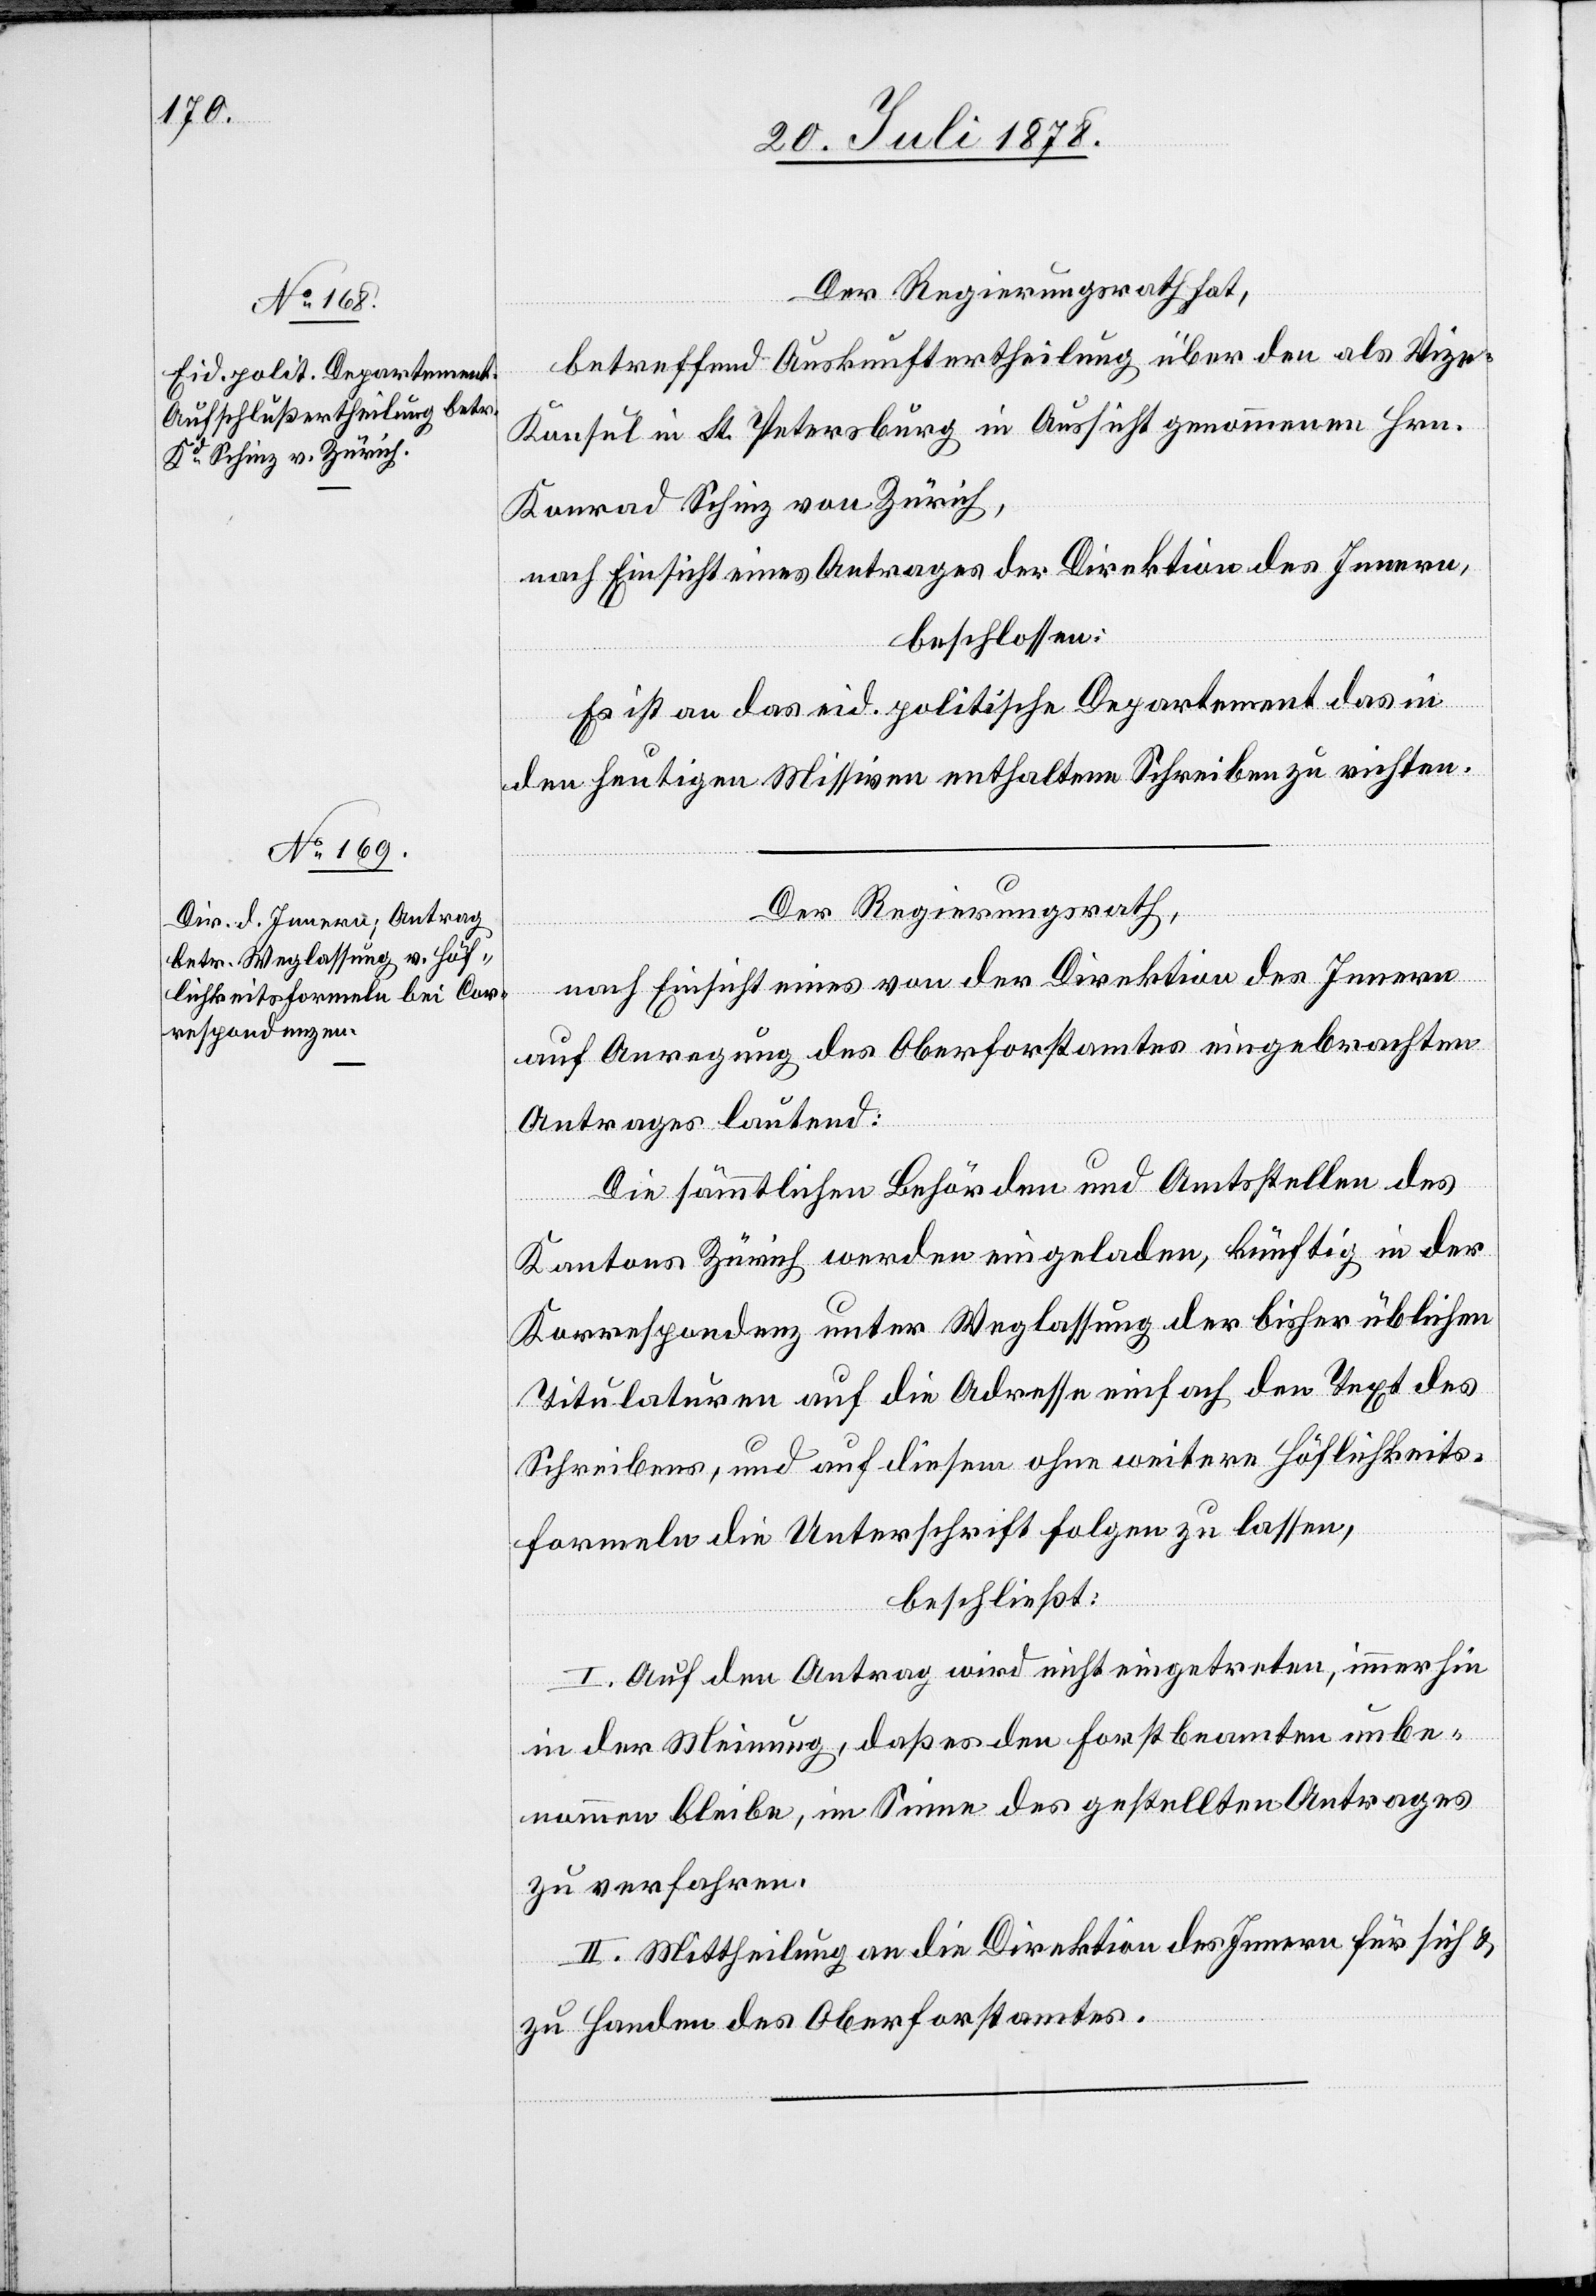
Der Regierungsrath hat,
betreffend Auskunftertheilung über den als Viz¬
e-Konsul in St. Petersburg in Aussicht genommenen Hrn.
Konrad Schinz von Zürich,
nach Einsicht eines Antrages der Direktion des Innern,
beschlossen:
Es ist an das eid. politische Departement das in
den heutigen Missiven enthaltene Schreiben zu richten.
Der Regierungsrath,
nach Einsicht eines von der Direktion des Innern
auf Anregung des Oberforstamtes eingebrachten
Antrages lautend:
Die sämmtlichen Behörden und Amtsstellen des
Kantons Zürich werden eingeladen, künftig in der
Korrespondenz unter Weglassung der bisher üblichen
Titulaturen auf die Adresse einfach den Text des
Schreibens, und auf diesen ohne weitere Höflichkeits¬
formeln die Unterschrift folgen zu lassen,
beschließt:
I. Auf den Antrag wird nicht eingetreten, immerhin
in der Meinung, daß es den Forstbeamten unbe¬
nommen bleibe, im Sinne des gestellten Antrages
zu verfahren.
II. Mittheilung an die Direktion des Innern für sich &
zu Handen des Oberforstamtes.